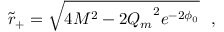
\tilde { r } _ { + } = \sqrt { 4 M ^ { 2 } - 2 { Q _ { m } } ^ { 2 } e ^ { - 2 \phi _ { 0 } } } ~ ~ ,